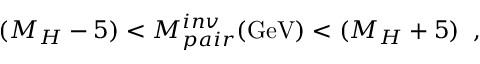
( M _ { H } - 5 ) < M _ { p a i r } ^ { i n v } ( \mathrm { G e V } ) < ( M _ { H } + 5 ) \; \; ,